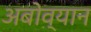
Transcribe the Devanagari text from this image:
अबोव्यान